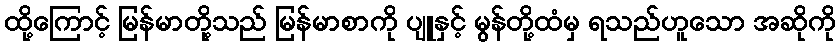
ထို့ကြောင့် မြန်မာတို့သည် မြန်မာစာကို ပျူနှင့် မွန်တို့ထံမှ ရသည်ဟူသော အဆိုကို